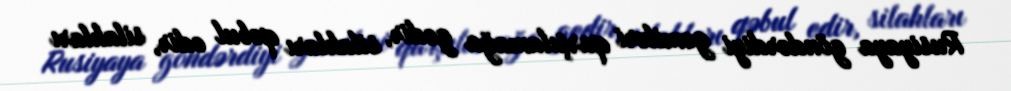
Rusiyaya göndərdiyi gəmiləri qarşılamağa gedir, silahları qəbul edir, silahları